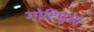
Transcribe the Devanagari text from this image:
गोटिपुआ